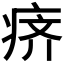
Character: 𰣬